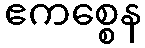
ဧကစ္စေန